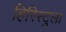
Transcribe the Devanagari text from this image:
हिरिस्टुला